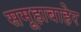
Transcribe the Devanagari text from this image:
समूहाबाहेर